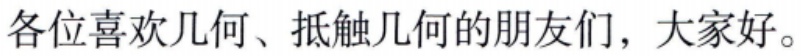
各位喜欢几何、抵触几何的朋友们，大家好。